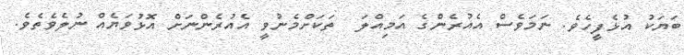
ބަޔަކު އުޅެފީހެވެ. ނަމަވެސް އެއުރެންގެ އަމިއްލަ  ތަކަށްމެނުވީ އެއުރެންނަށް އޮޅުވަޔެއް ނުލެވެތެވެ.